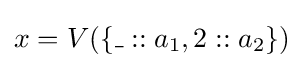
x=V(\{\_::a_{1},2::a_{2}\})